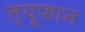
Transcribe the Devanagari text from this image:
ल्यूफान